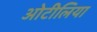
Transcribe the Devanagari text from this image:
ओटीलिया